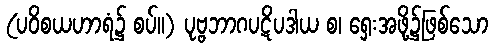
(ပဝိစယဟာရံ၌ စပ်။) ပုဗ္ဗဘာဂပဋိပဒါယ စ၊ ရှေးအဖို့၌ဖြစ်သော